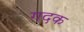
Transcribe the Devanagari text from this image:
गदक